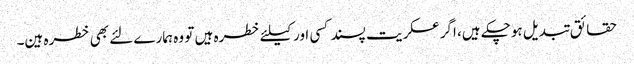
حقائق تبدیل ہوچکے ہیں، اگر عسکریت پسند کسی اور کیلئے خطرہ ہیں تو وہ ہمارے لئے بھی خطرہ ہین۔